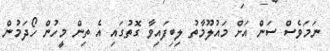
ނަމަވެސް ސަން އަށް މައުލޫމާތު ލިބިފައިވާ ގޮތުގައި އެ ތިން މީހުން ހޯދަމުން